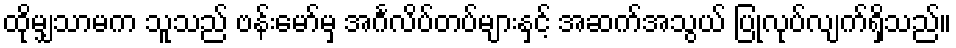
ထိုမျှသာမက သူသည် ဗန်းမော်မှ အင်္ဂလိပ်တပ်များနှင့် အဆက်အသွယ် ပြုလုပ်လျက်ရှိသည်။